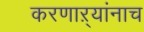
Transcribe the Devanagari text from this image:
करणाऱ्यांनाच